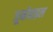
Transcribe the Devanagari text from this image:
जूमोबाइल